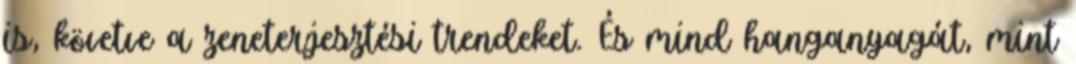
is, követve a zeneterjesztési trendeket. És mind hanganyagát, mint